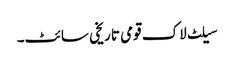
سیلٹ لاک قومی تاریخی سائٹ۔